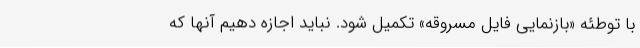
با توطئه «بازنمایی فایل مسروقه» تکمیل شود. نباید اجازه دهیم آنها که